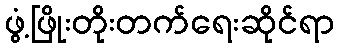
ဖွံ့ဖြိုးတိုးတက်ရေးဆိုင်ရာ